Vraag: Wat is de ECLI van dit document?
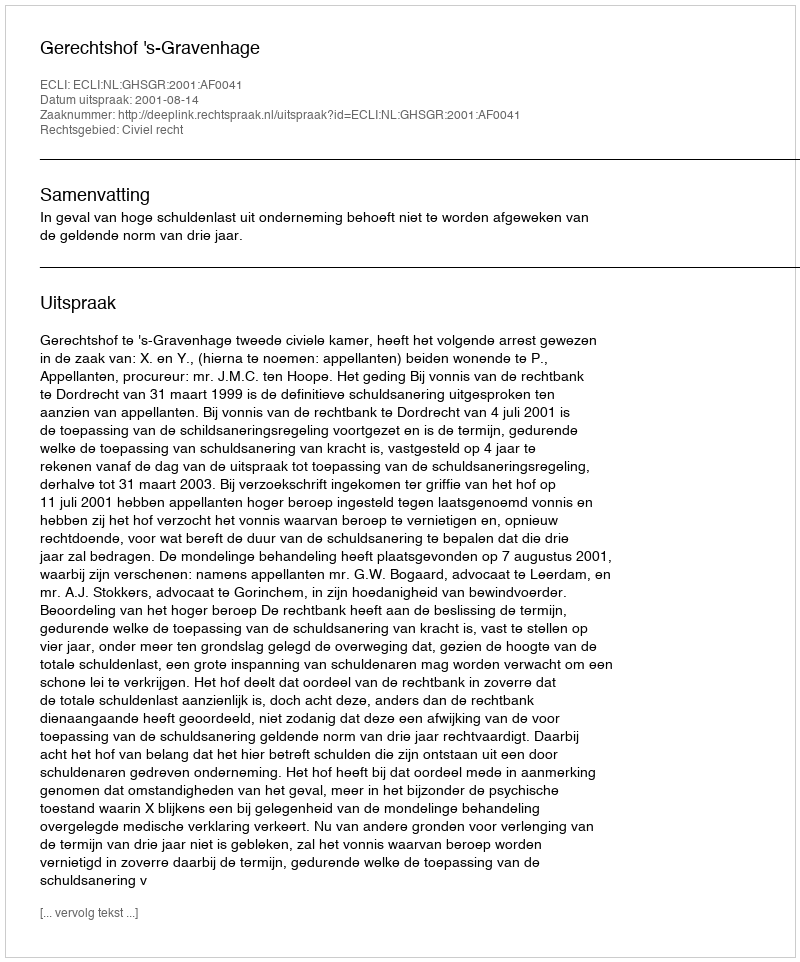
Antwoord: ECLI:NL:GHSGR:2001:AF0041